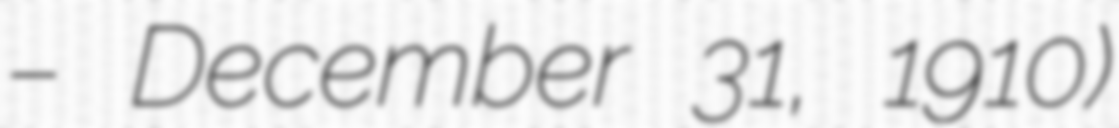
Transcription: – December 31, 1910)